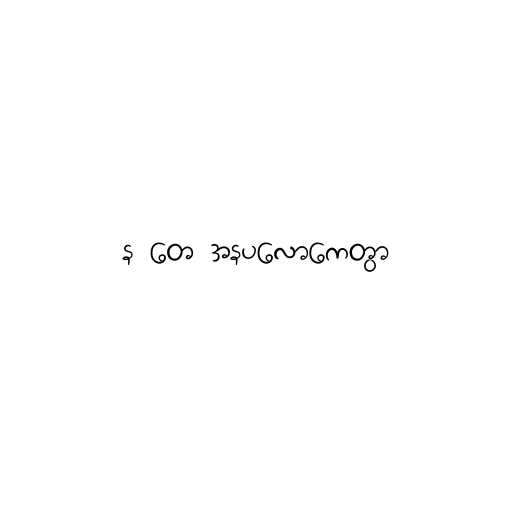
န တေ အနပလောကေတွာ